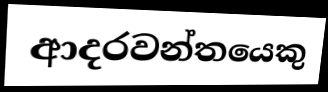
ආදරවන්තයෙකු